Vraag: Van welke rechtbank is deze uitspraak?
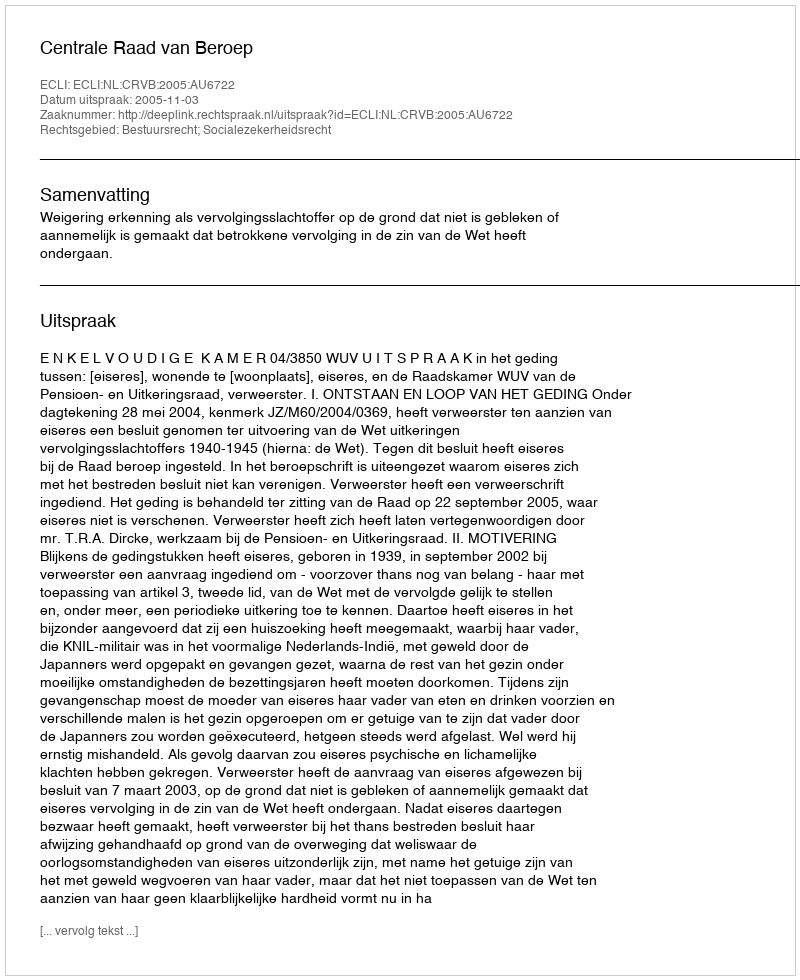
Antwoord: Centrale Raad van Beroep